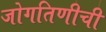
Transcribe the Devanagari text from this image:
जोगतिणीची